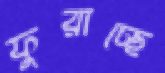
ফুরাচ্ছে